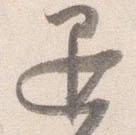
退